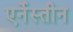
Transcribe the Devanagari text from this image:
एर्नेस्तीन